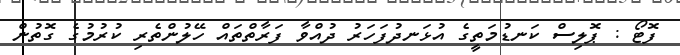
ފޮޓޯ : ޕޮލިސް ކަނޑުމަތީގެ އުޅަނދުފަހަރު ދުއްވާ ފަރާތްތައް ހޭލުންތެރި ކުރުމުގެ ގޮތުން